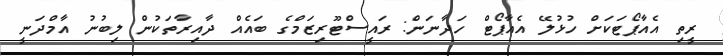
ރީތި އެއާޕޯޓަކަށް ހުޅުލޭ އެއާޕޯޓް ހަދާނަން: ރައީސްޓޫރިޒަމްގެ ބައެއް ދާއިރާތަކުން ލިބުނު އާމްދަނީ